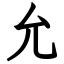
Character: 允